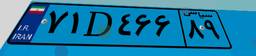
۳۸D۰۸۸۸۶